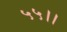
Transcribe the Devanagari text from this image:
५५।।